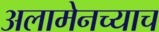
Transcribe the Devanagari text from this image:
अलामेनच्याच